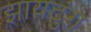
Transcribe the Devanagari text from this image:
झायटुंग